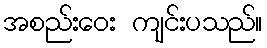
အစည်းဝေး ကျင်းပသည်။